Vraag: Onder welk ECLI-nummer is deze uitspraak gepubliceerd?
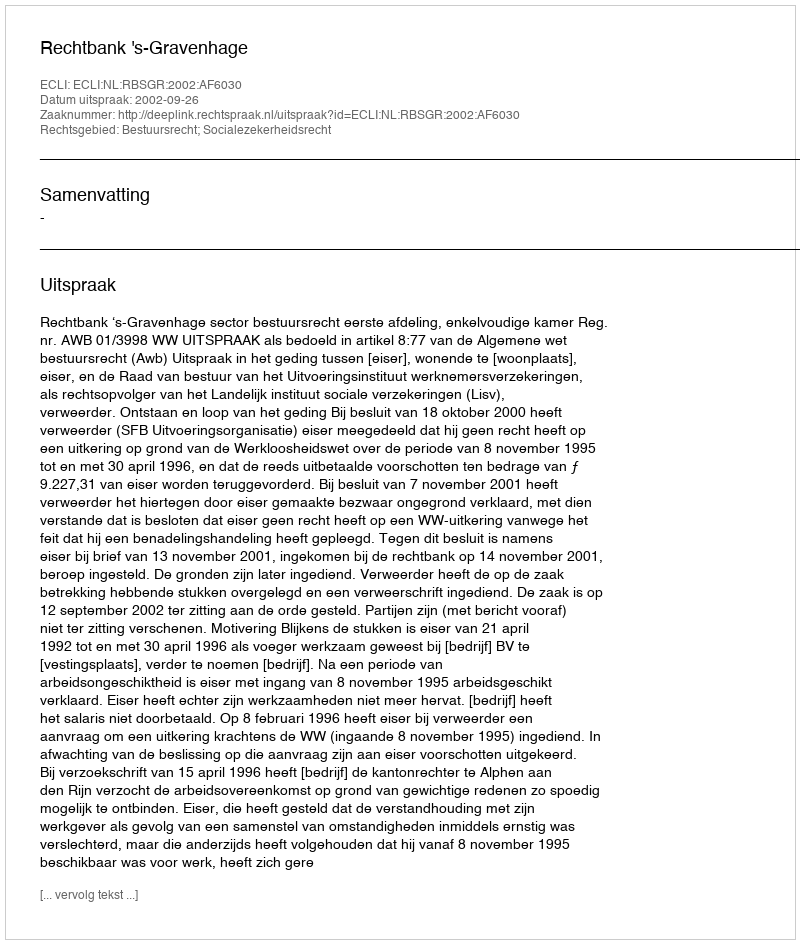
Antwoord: ECLI:NL:RBSGR:2002:AF6030